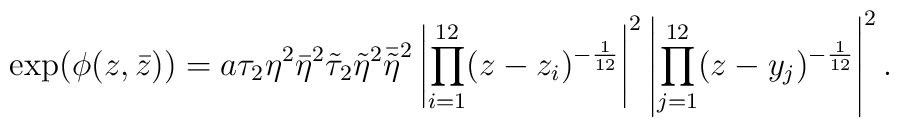
\exp(\phi(z, \bar{z}))=a \tau_2\eta^2\bar{\eta}^2 \tilde{\tau}_2\tilde{\eta}^2\bar{\tilde{\eta}}^2 \left|\prod_{i=1}^{12} (z-z_i)^{-\frac {1}{12}}\right|^2\left|\prod_{j=1}^{12} (z-y_j)^{-\frac {1}{12}}\right|^2 .